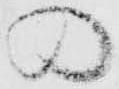
の